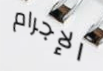
الإجرام